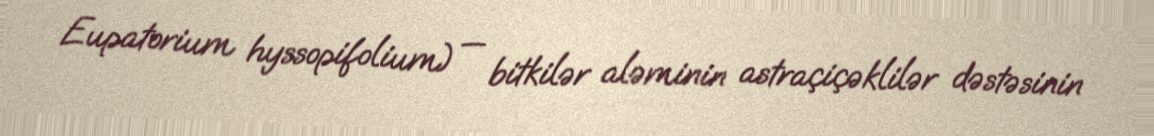
Eupatorium hyssopifolium) — bitkilər aləminin astraçiçəklilər dəstəsinin